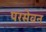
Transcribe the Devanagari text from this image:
परसेवन